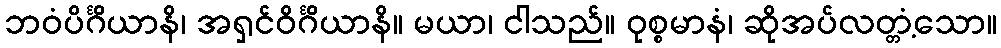
ဘဝံပိင်္ဂိယာနိ၊ အရှင်ဝိင်္ဂိယာနိ။ မယာ၊ ငါသည်။ ဝုစ္စမာနံ၊ ဆိုအပ်လတ္တံ့သော။